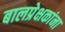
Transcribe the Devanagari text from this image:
बालप्रेक्षकांना